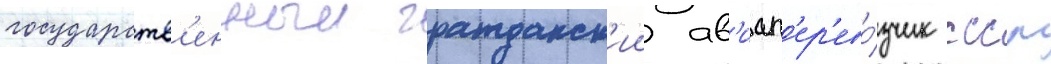
государств'енныи гражданск'ии ав'иап'ер'ево́зчик ссср